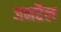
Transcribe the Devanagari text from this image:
जनरैल